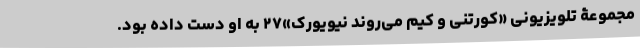
مجموعۀ تلویزیونی «کورتنی و کیم می‌روند نیویورک»۲۷ به او دست داده بود.